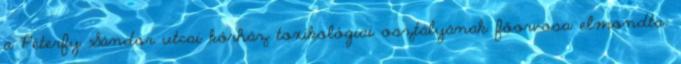
a Péterfy Sándor utcai kórház toxikológiai osztályának főorvosa elmondta: